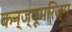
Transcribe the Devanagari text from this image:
कन्ज्यूमरिज्म